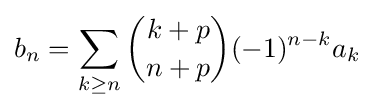
b_{n}=\sum _{k\geq n}{\binom {k+p}{n+p}}(-1)^{n-k}a_{k}